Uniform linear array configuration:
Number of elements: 12
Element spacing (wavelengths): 0.75
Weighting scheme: kaiser
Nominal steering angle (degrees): -15
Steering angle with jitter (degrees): -15.509
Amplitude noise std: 0.05
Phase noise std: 0.05

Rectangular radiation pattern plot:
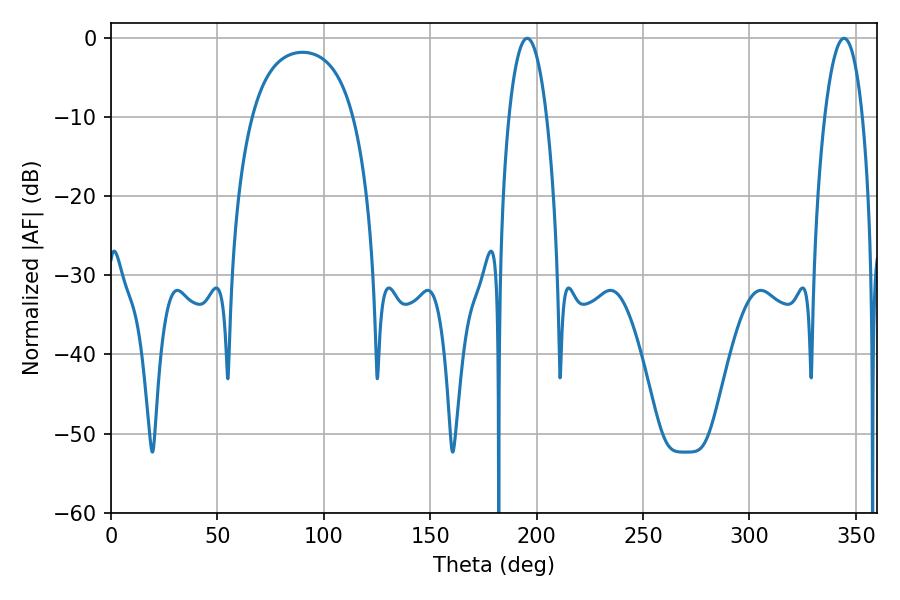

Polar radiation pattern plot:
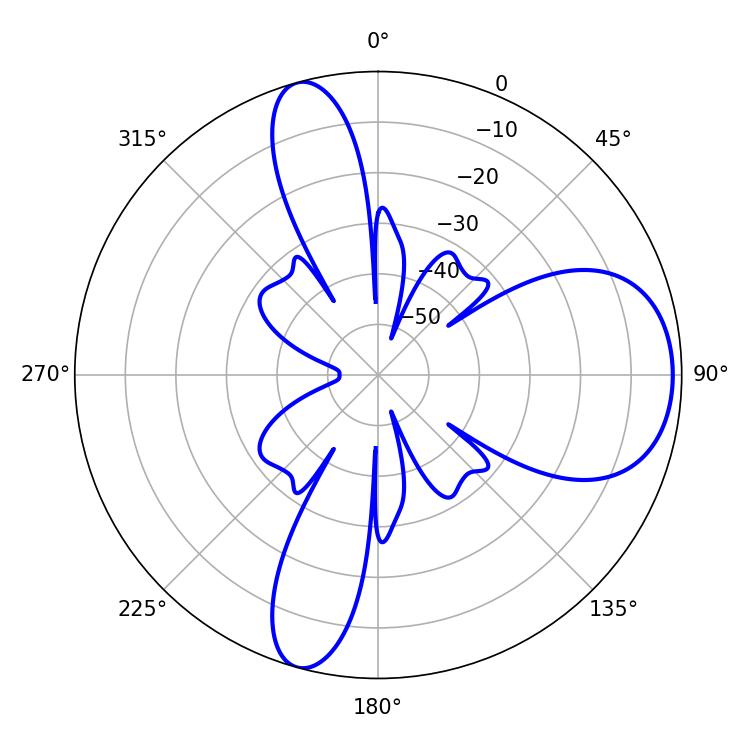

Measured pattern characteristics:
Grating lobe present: TRUE
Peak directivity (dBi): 8.664
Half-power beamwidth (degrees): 9.9
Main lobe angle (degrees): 195.48